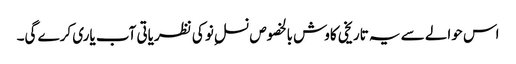
اس حوالے سے یہ تاریخی کاوش بالخصوص نسلِ نو کی نظریاتی آب یاری کرے گی۔